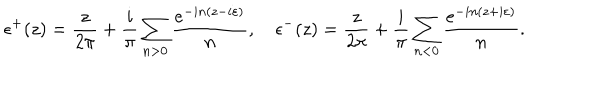
\epsilon ^ { + } ( z ) = \frac { z } { 2 \pi } + \frac { i } { \pi } \sum _ { n > 0 } \frac { e ^ { - i n ( z - i \varepsilon ) } } { n } , ~ \epsilon ^ { - } ( z ) = \frac { z } { 2 \pi } + \frac { i } { \pi } \sum _ { n < 0 } \frac { e ^ { - i n ( z + i \varepsilon ) } } { n } .